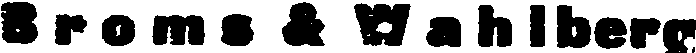
Broms & Wahlberg